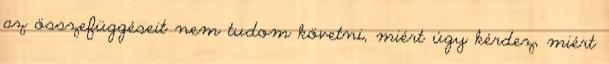
az összefüggéseit nem tudom követni, miért úgy kérdez, miért